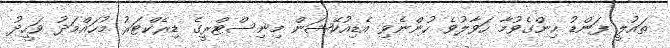
ތައުލީ ފަންޑު ހިންގެވުމާ ހަވާލުވެ ހުންނެވި އެޑިއުކޭޝަން މިނިސްޓްރީގެ ޑިރެކްޓަރު މުހައްމަދު ވަހީދު